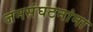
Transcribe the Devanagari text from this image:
जनसंघटनांना